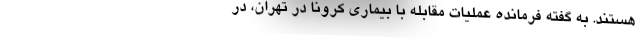
هستند. به گفته فرمانده عملیات مقابله با بیماری کرونا در تهران، در